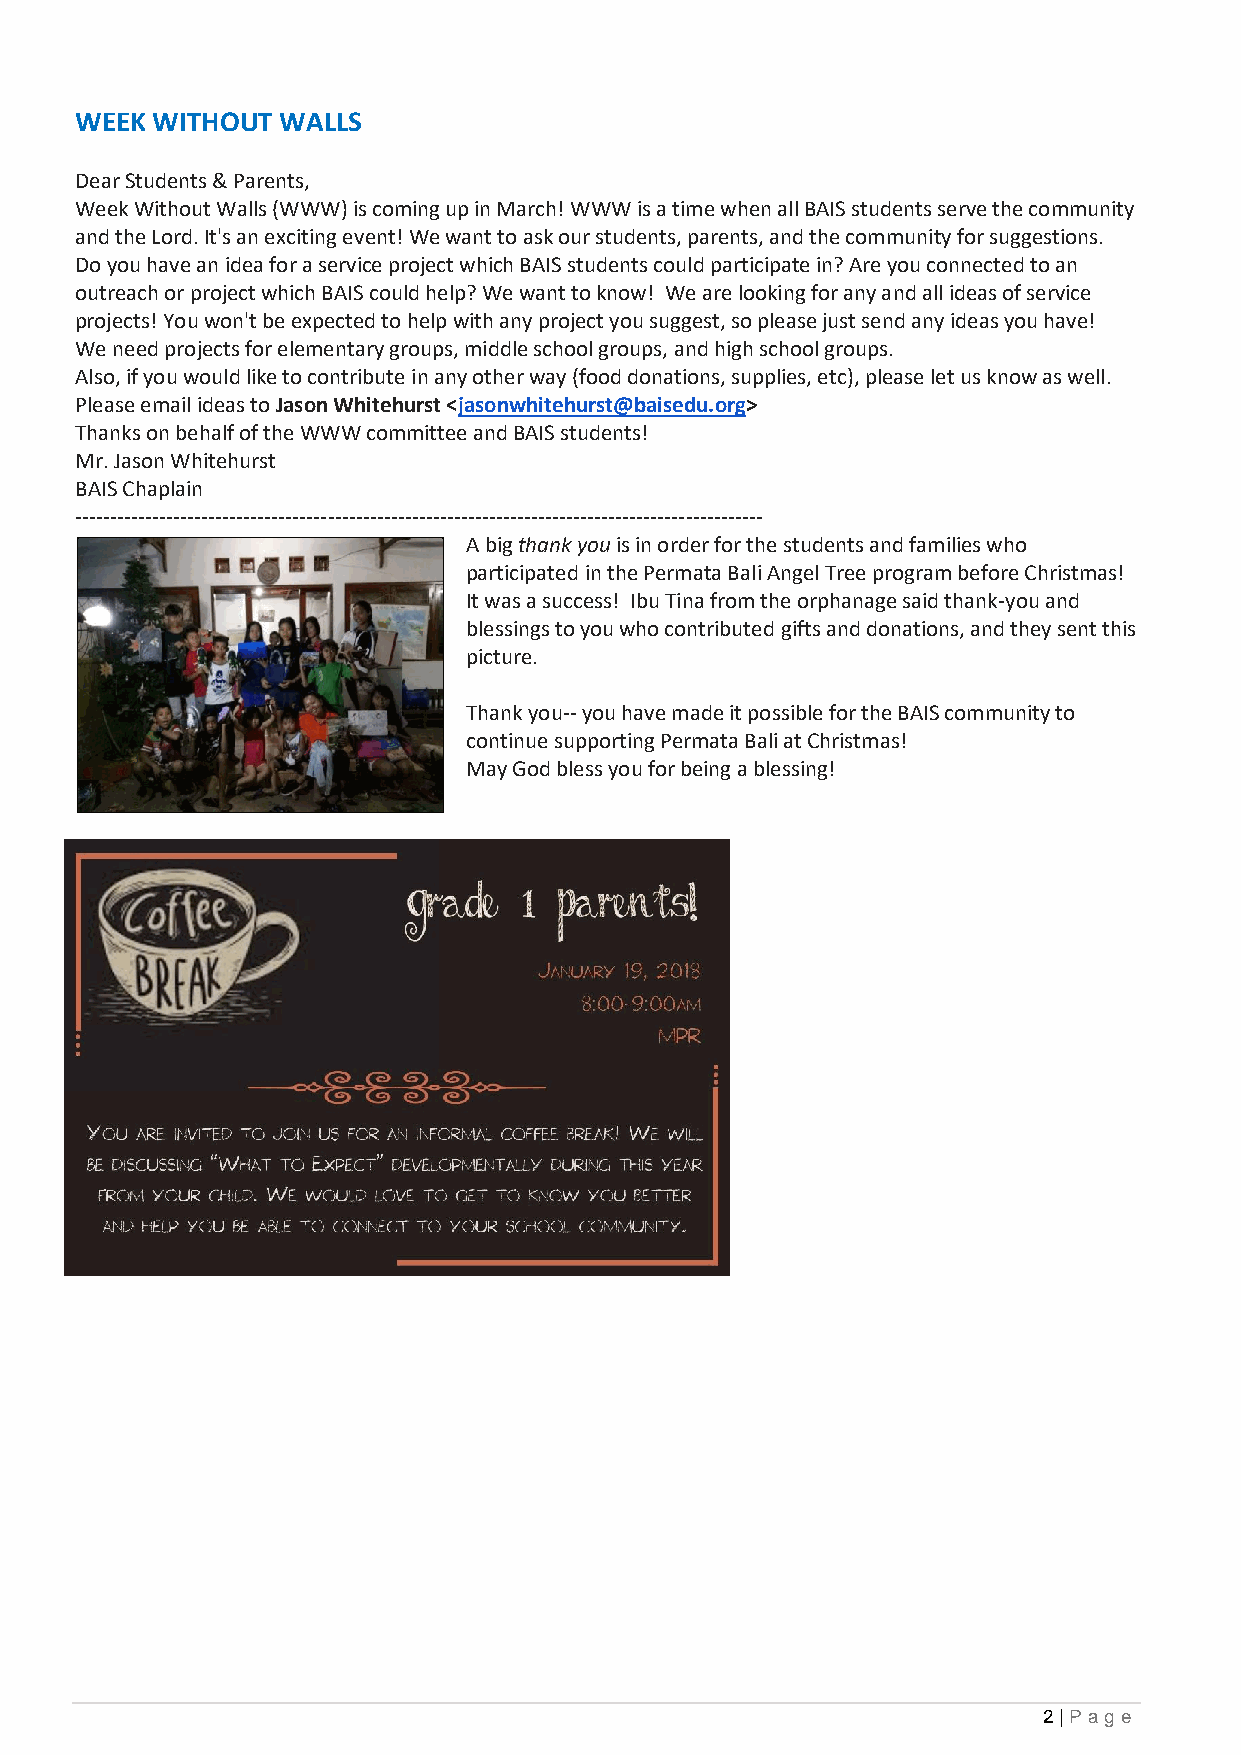
WEEK WITHOUT  WALLS
 Dear Students & Parents,
 Week Without Walls (WWW) is coming up in March! WWW is a time when all BAIS students serve the community
 and the Lord. It's an exciting event! We want to ask our students, parents, and the community for suggestions.
 Do you have an idea for a service project which BAIS students could participate in? Are you connected to an
 outreach or project which BAIS could help? We want to know! We are looking for any and all ideas of service
 projects! You won't be expected to help with any project you suggest, so please just send any ideas you have!
 We need projects for elementary groups, middle school groups, and high school groups.
 Also, if you would like to contribute in any other way (food donations, supplies, etc), please let us know as well.
 Please email ideas to Jason Whitehurst <jasonwhitehurst@baisedu.org>
 Thanks on behalf of the WWW committee and BAIS students!
 Mr. Jason Whitehurst
 BAIS Chaplain
 --------------------------------------------------------------------------------------------------
 A big thank you is in order for the students and families who
 participated in the Permata Bali Angel Tree program before Christmas!
 It was a success! Ibu Tina from the orphanage said thank-you and
 blessings to you who contributed gifts and donations, and they sent this
 picture.
 Thank you-- you have made it possible for the BAIS community to
 continue supporting Permata Bali at Christmas!
 May God bless you for being a blessing!
 2 | Pag e